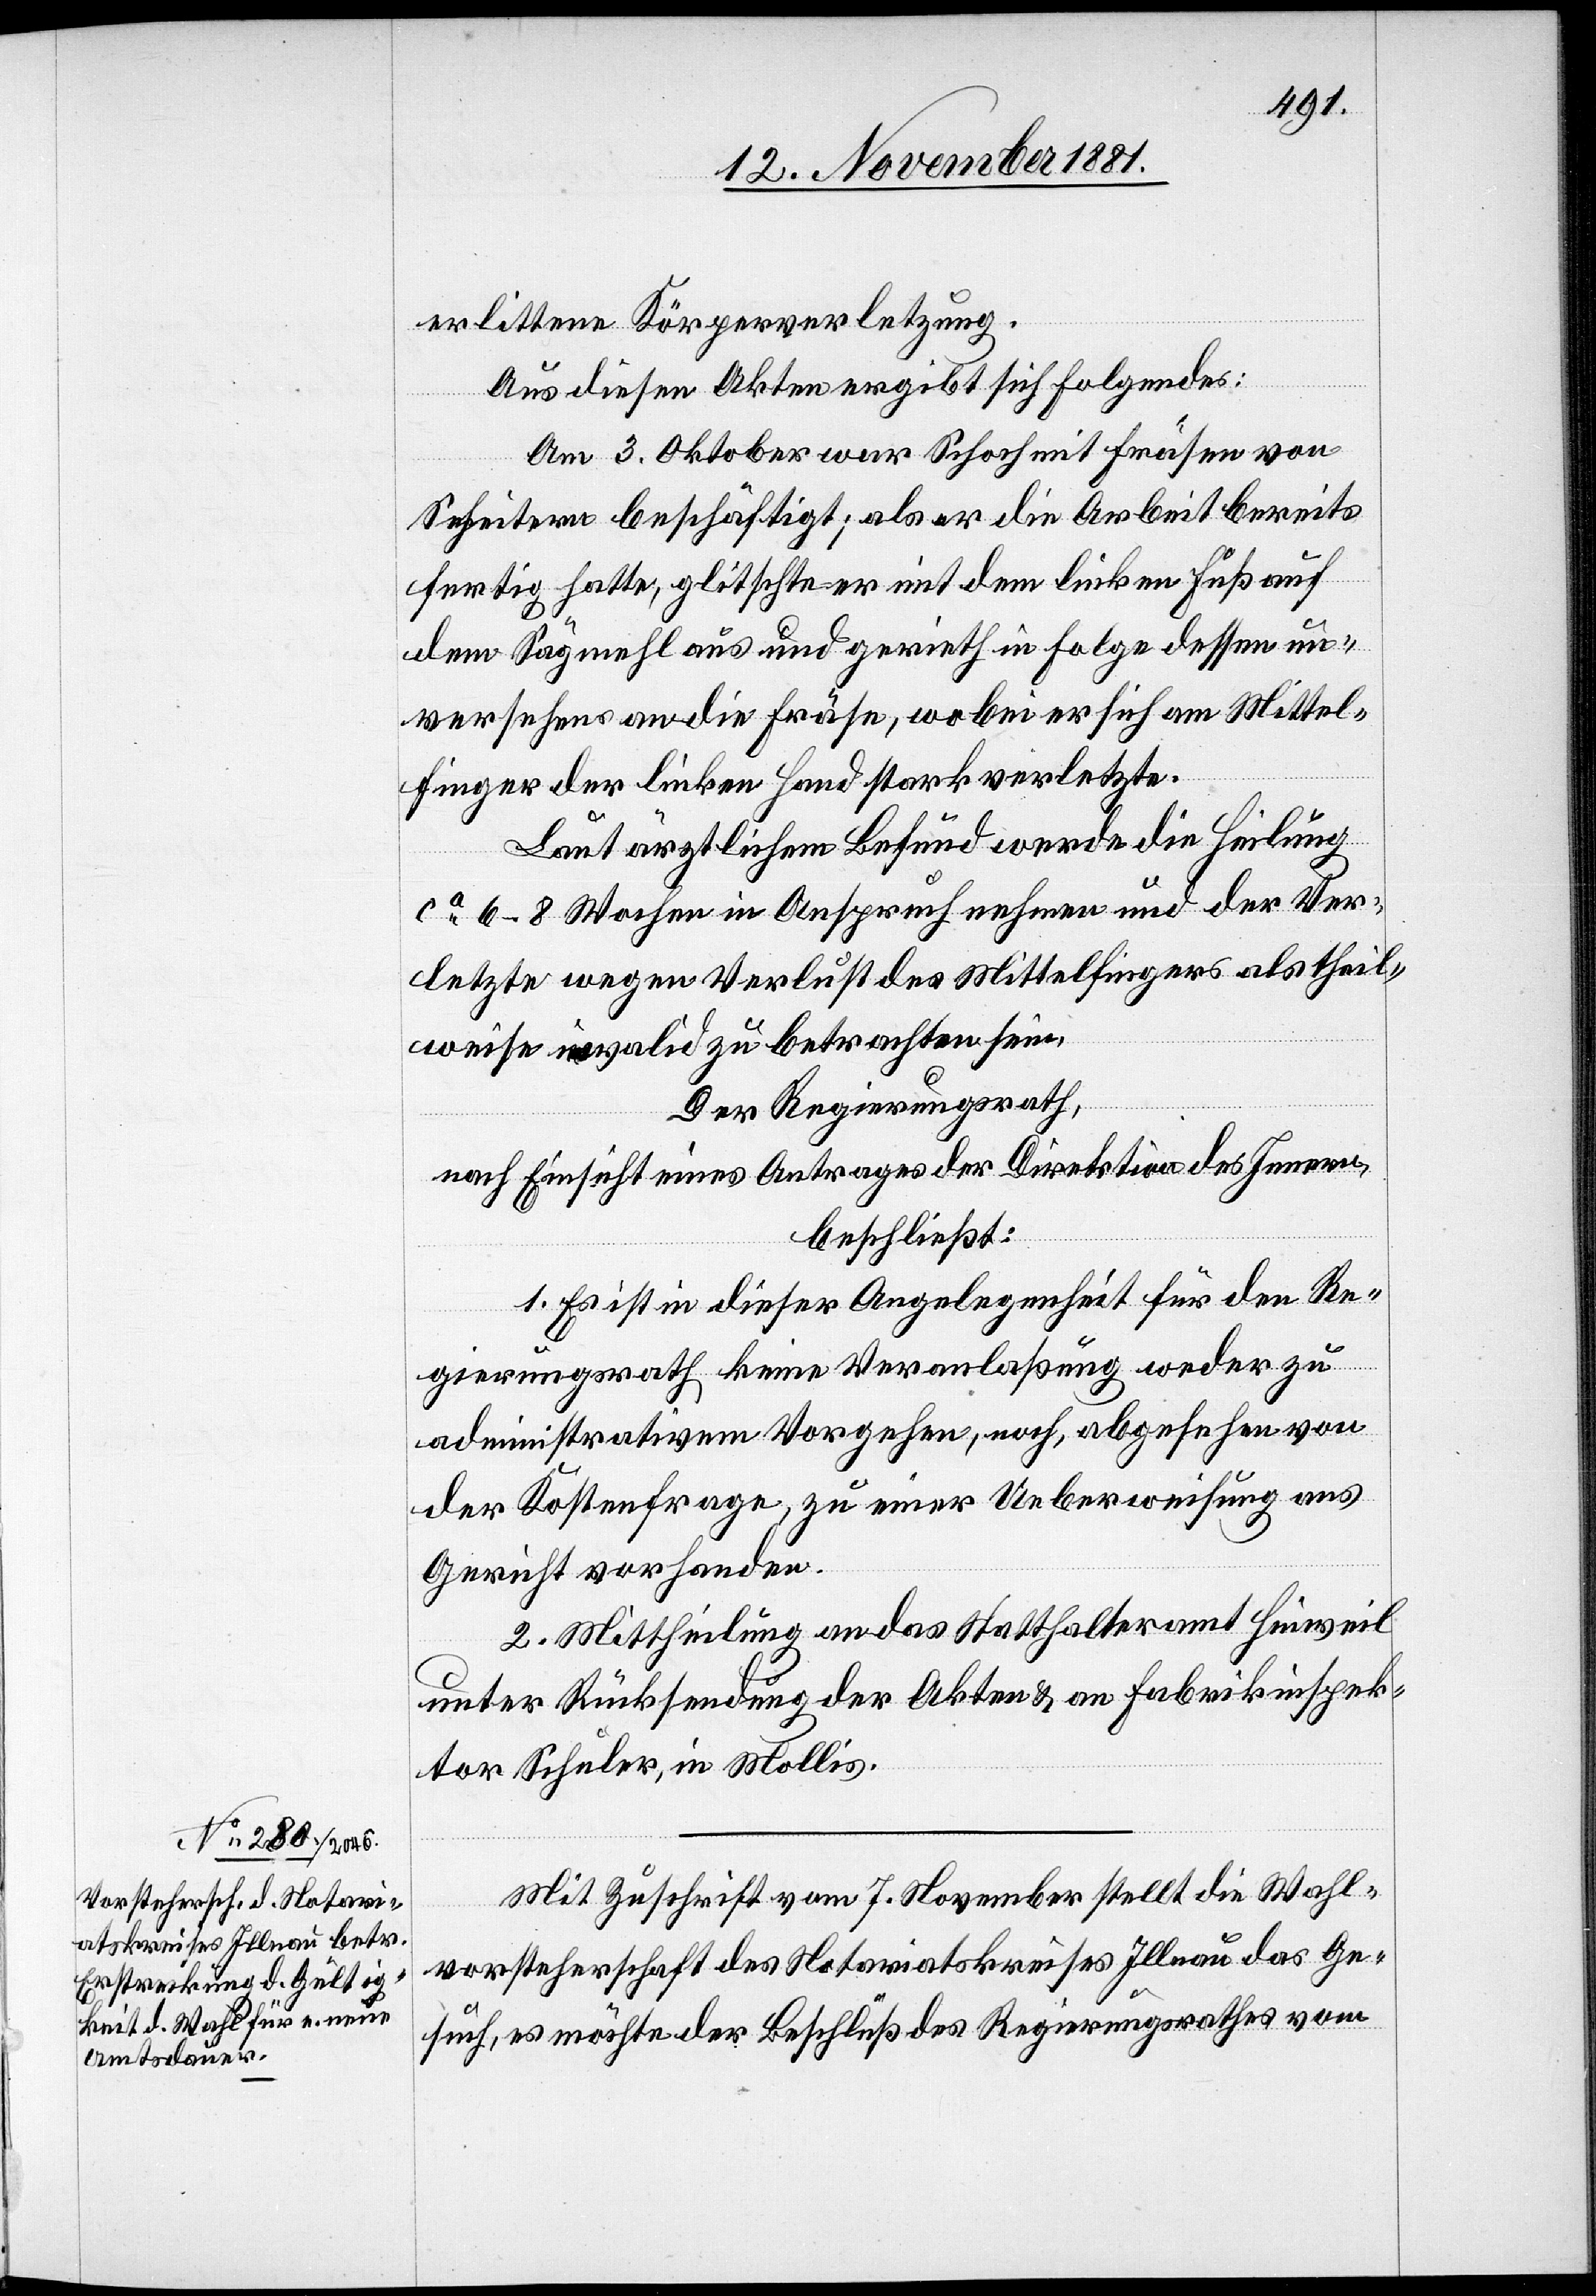
erlittenen Körperverletzung.
Aus diesen Akten ergibt sich Folgendes:
Am 3. Oktober war Schoch mit Fräsen von
Scheitern beschäftigt; als er die Arbeit bereits
fertig hatte, glitschte er mit dem linken Fuß auf
dem Sägmehl aus und gerieth in Folge dessen un¬
versehens an die Fräse, wobei er sich am Mittel¬
finger der linken Hand stark verletzte.
Laut ärztlichem Befund werde die Heilung
ca 6–8 Wochen in Anspruch nehmen und der Ver¬
letzte wegen Verlust des Mittelfingers als theil¬
weise invalid zu betrachten sein.
Der Regierungsrath,
nach Einsicht eines Antrages der Direktion des Innern,
beschließt:
1. Es ist dieser Angelegenheit für den Re¬
gierungsrath keine Veranlaßung weder zu
administrativem Vorgehen, noch, abgesehen von
der Kostenfrage, zu einer Ueberweisung ans
Gericht vorhanden.
2. Mittheilung an das Statthalteramt Hinweil
unter Rücksendung der Akten & an Fabrikinspek¬
tor Schuler, in Mollis.
Mit Zuschrift vom 7. November stellt die Wahl¬
vorsteherschaft des Notariatskreises Illnau das Ge¬
such, es möchte der Beschluß des Regierungsrates vom